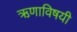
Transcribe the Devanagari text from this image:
ऋणाविषयी